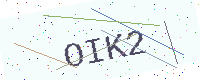
Text: OIK2